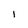
Character: I